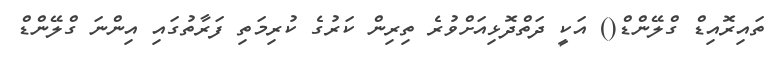
ތައިރޮއިޑް ގްލޭންޑް() އަކީ ދަތްދޮޅިއަށްވުރެ ތިރިން ކަރުގެ ކުރިމަތި ފަރާތުގައި އިންނަ ގްލޭންޑް